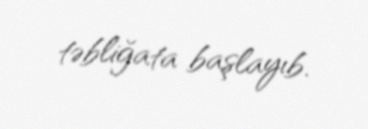
təbliğata başlayıb.